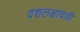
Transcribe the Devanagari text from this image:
दशलक्षावधी